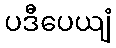
ပဒီပေယျံ